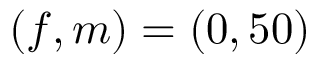
( f , m ) = ( 0 , 5 0 )